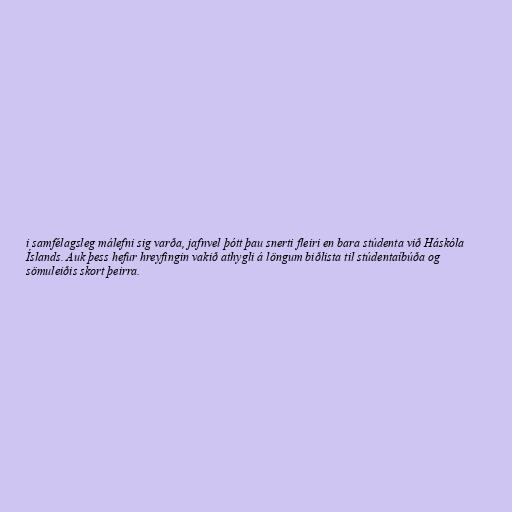
i samfélagsleg málefni sig varða, jafnvel þótt þau snerti fleiri en bara stúdenta við Háskóla
Íslands. Auk þess hefur hreyfingin vakið athygli á löngum biðlista til stúdentaíbúða og
sömuleiðis skort þeirra.